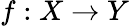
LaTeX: f:X\to Y